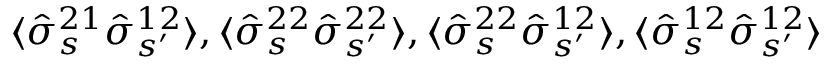
\langle \hat { \sigma } _ { s } ^ { 2 1 } \hat { \sigma } _ { s ^ { \prime } } ^ { 1 2 } \rangle , \langle \hat { \sigma } _ { s } ^ { 2 2 } \hat { \sigma } _ { s ^ { \prime } } ^ { 2 2 } \rangle , \langle \hat { \sigma } _ { s } ^ { 2 2 } \hat { \sigma } _ { s ^ { \prime } } ^ { 1 2 } \rangle , \langle \hat { \sigma } _ { s } ^ { 1 2 } \hat { \sigma } _ { s ^ { \prime } } ^ { 1 2 } \rangle